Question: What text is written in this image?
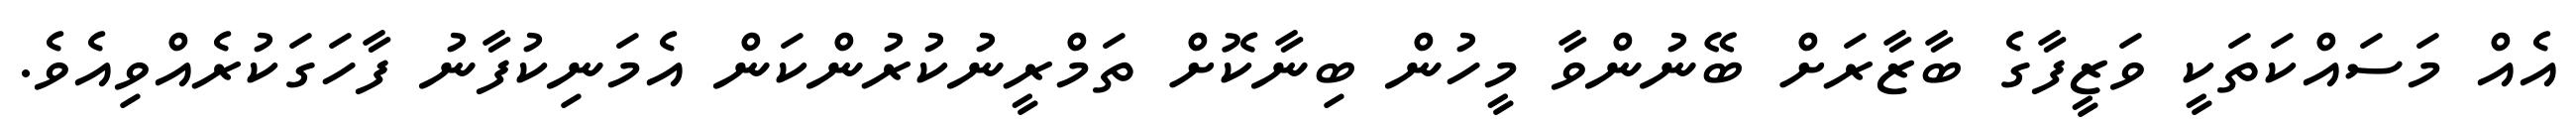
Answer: އެއް މަސައްކަތަކީ ވަޒީފާގެ ބާޒާރަށް ބޭނުންވާ މީހުން ބިނާކޮށް ތަމްރީނުކުރުންކަން އެމަނިކުފާނު ފާހަގަކުރެއްވިއެވެ.